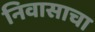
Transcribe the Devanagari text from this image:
निवासाचा